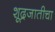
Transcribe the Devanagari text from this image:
शूद्रजातीचा